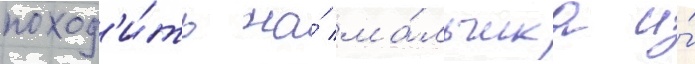
поход'и́ть на́ ма́льчика и́